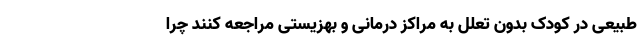
طبیعی در کودک بدون تعلل به مراکز درمانی و بهزیستی مراجعه کنند چرا